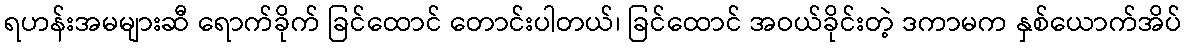
ရဟန်းအမများဆီ ရောက်ခိုက် ခြင်ထောင် တောင်းပါတယ်၊ ခြင်ထောင် အဝယ်ခိုင်းတဲ့ ဒကာမက နှစ်ယောက်အိပ်